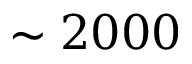
\sim 2 0 0 0